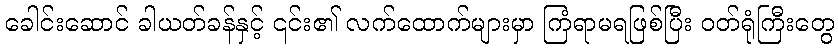
ခေါင်းဆောင် ခါယတ်ခန်နှင့် ၎င်း၏ လက်ထောက်များမှာ ကြံရာမရဖြစ်ပြီး ဝတ်ရုံကြီးတွေ